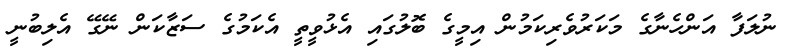
ނުލަފާ އަންހެނާގެ މަކަރުވެރިކަމުން އިމީގެ ބޮލުގައި އެޅުވީތީ އެކަމުގެ ސަޒާކަން ނޭގޭ އެލިބުނީ